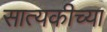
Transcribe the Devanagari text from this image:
सात्यकीच्या